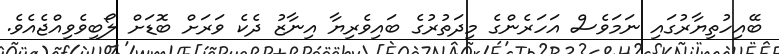
ބޭއިހުތިޔާރުގައި ނަމަވެސް އަހަރެންގެ މިދަތުރުގެ ބައިވެރިޔާ އިނާޒު ދެކެ ވަރަށް ބޮޑަށް ލޯބިވެވިއްޖެއެވެ.